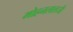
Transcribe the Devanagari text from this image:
मोहनलालजी